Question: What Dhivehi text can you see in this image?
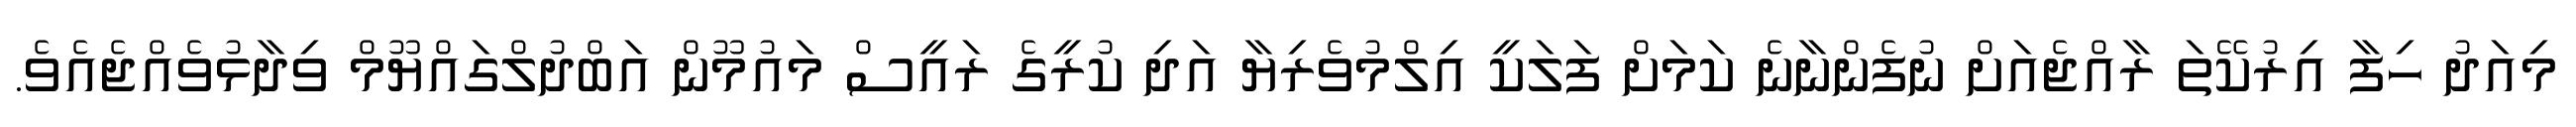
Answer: މިއަދު ހިފާ އިރުކޭތަ ރާއްޖެއަށް ނުފެންނާނެ ކަމަށް ފަލަކީ އިލްމުވެރިޔާ އަދި ކުރީގެ ރައީސް މައުމޫން އަބްދުލްގައްޔޫމް ވިދާޅުވެއްޖެއެވެ.